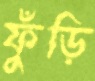
ফুঁড়ি